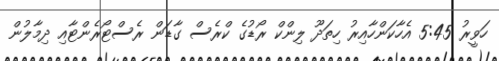
ހަވީރު 5:45 އެހާކަންހާއިރު ހިތަދޫ ލިންކް ރޯޑުގެ ކްރެސް ގާޑަން ރެސްޓޯރެންޓާއި ދިމާލުން